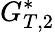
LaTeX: G_{T,2}^{*}